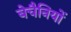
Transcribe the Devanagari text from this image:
बेचैनियों